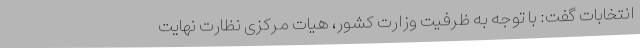
انتخابات گفت: با توجه به ظرفیت وزارت کشور، هیات مرکزی نظارت نهایت